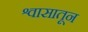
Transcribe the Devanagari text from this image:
श्वासातून